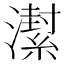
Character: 𱩱